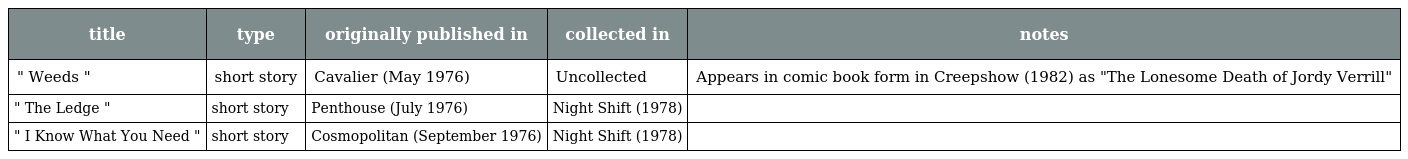
| title | type | originally published in | collected in | notes |
 | --- | --- | --- | --- | --- |
 | " Weeds " | short story | Cavalier (May 1976) | Uncollected | Appears in comic book form in Creepshow (1982) as "The Lonesome Death of Jordy Verrill" |
 | " The Ledge " | short story | Penthouse (July 1976) | Night Shift (1978) |  |
 | " I Know What You Need " | short story | Cosmopolitan (September 1976) | Night Shift (1978) |  |